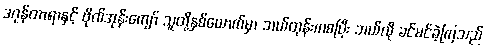
ဒဂုန်တာရာနှင့် ဗိုလ်အုန်းကျော် သူတို့နှစ်ယောက်မှာ ဘယ်တုန်းကစပြီး ဘယ်လို ခင်မင်ခဲ့ကြသည်